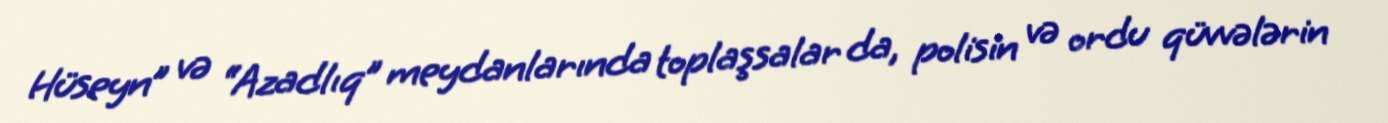
Hüseyn” və “Azadlıq” meydanlarında toplaşsalar da, polisin və ordu qüvvələrin